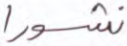
نشورا